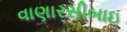
વાણારસીબાઇ